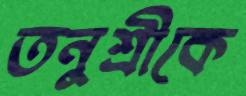
তনুশ্রীকে